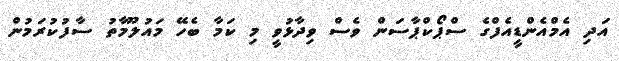
އަދި އެމްއެންޑީއެފްގެ ސްޕޯކްޕާސަން ވެސް ވިދާޅުވީ މި ކަމާ ބެހޭ މައުލޫމާތު ސާފުކުރަމުން